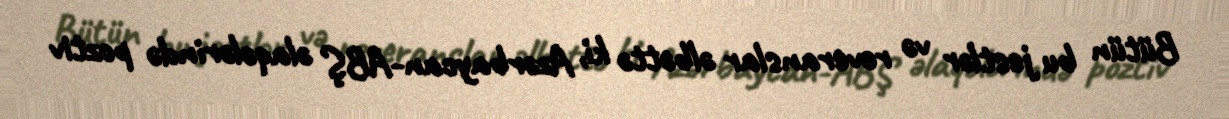
Bütün bu jestlər və reveranslar əlbəttə ki, Azərbaycan-ABŞ əlaqələrində poztiv